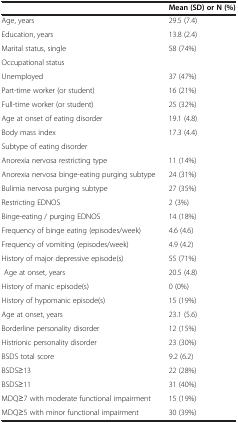
|  | Mean (SD) or N (%) |
 | --- | --- |
 | Age, years | 29.5 (7.4) |
 | Education, years | 13.8 (2.4) |
 | Marital status, single | 58 (74%) |
 | Occupational status |  |
 | Unemployed | 37 (47%) |
 | Part-time worker (or student) | 16 (21%) |
 | Full-time worker (or student) | 25 (32%) |
 | Age at onset of eating disorder | 19.1 (4.8) |
 | Body mass index | 17.3 (4.4) |
 | Subtype of eating disorder |  |
 | Anorexia nervosa restricting type | 11 (14%) |
 | Anorexia nervosa binge-eating purging subtype | 24 (31%) |
 | Bulimia nervosa purging subtype | 27 (35%) |
 | Restricting EDNOS | 2 (3%) |
 | Binge-eating / purging EDNOS | 14 (18%) |
 | Frequency of binge eating (episodes/week) | 4.6 (4.6) |
 | Frequency of vomiting (episodes/week) | 4.9 (4.2) |
 | History of major depressive episode(s) | 55 (71%) |
 | Age at onset, years | 20.5 (4.8) |
 | History of manic episode(s) | 0 (0%) |
 | History of hypomanic episode(s) | 15 (19%) |
 | Age at onset, years | 23.1 (5.6) |
 | Borderline personality disorder | 12 (15%) |
 | Histrionic personality disorder | 23 (30%) |
 | BSDS total score | 9.2 (6.2) |
 | BSDS≥13 | 22 (28%) |
 | BSDS≥11 | 31 (40%) |
 | MDQ≥7 with moderate functional impairment | 15 (19%) |
 | MDQ≥5 with minor functional impairment | 30 (39%) |